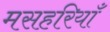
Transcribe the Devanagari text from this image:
मसहरियाँ